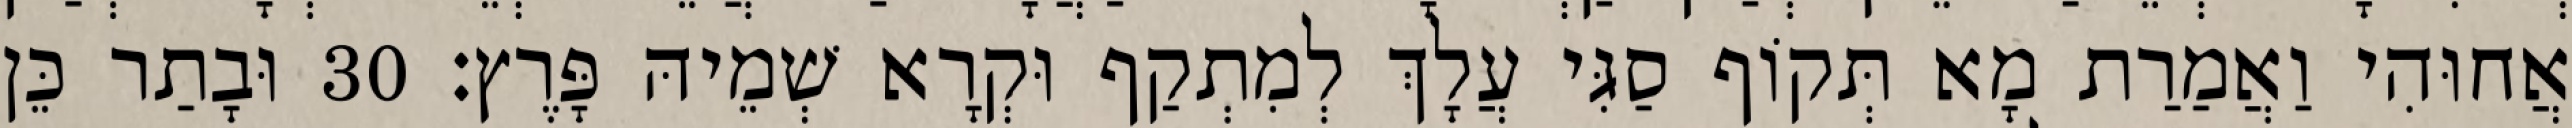
אֲחוּהִי וַאֲמַרַת מָא תְּקוֹף סַגִּי עֲלָךְ לְמִתְקַף וּקְרָא שְׁמֵיהּ פָּרֶץ׃ 30 וּבָתַר כֵּן